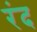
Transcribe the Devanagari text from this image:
रंद